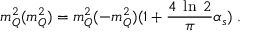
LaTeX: m _ { Q } ^ { 2 } ( m _ { Q } ^ { 2 } ) = m _ { Q } ^ { 2 } ( - m _ { Q } ^ { 2 } ) ( 1 + \frac { 4 \; \ln \; 2 } { \pi } \alpha _ { s } ) \; .